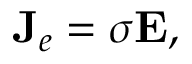
\mathbf { J } _ { e } = \sigma \mathbf { E } ,